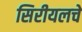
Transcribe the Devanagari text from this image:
सिरीयलचे